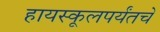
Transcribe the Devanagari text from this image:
हायस्कूलपर्यंतचे